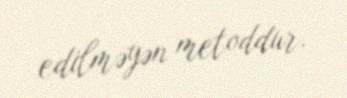
edilməyən metoddur.